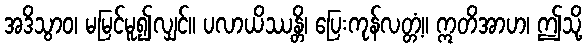
အဒိသွာဝ၊ မမြင်မူ၍လျှင်။ ပလာယိဿန္တိ၊ ပြေးကုန်လတ္တံ့။ ဣတိအာဟ၊ ဤသို့